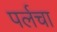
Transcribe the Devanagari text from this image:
पर्लचा